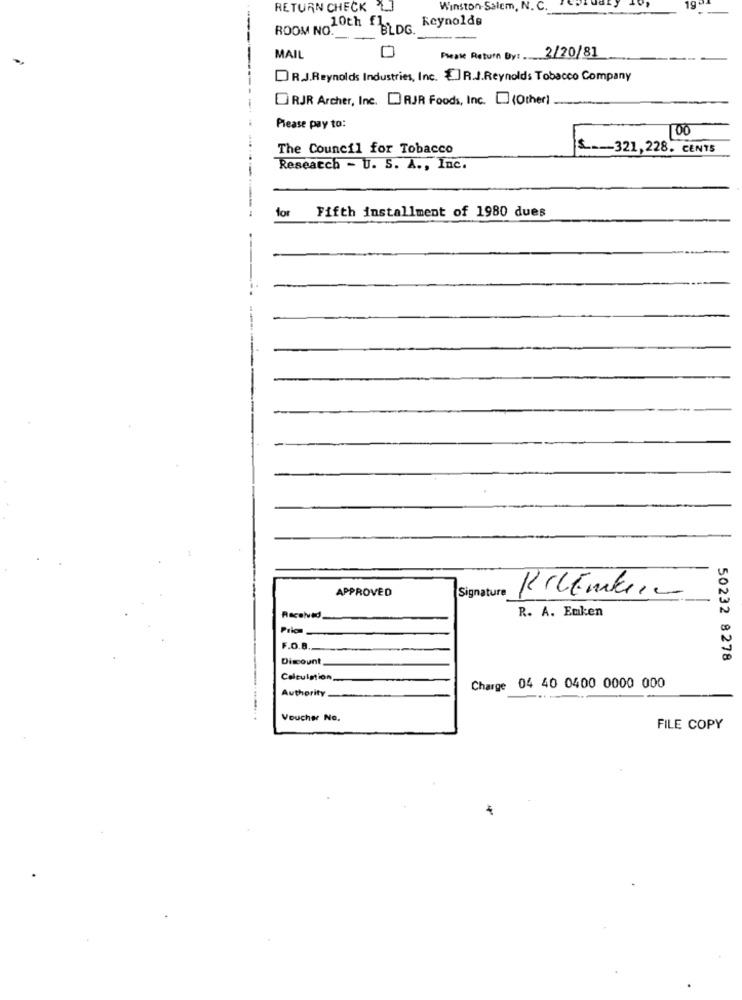
RETURN CHECK
Winston-Salem, N. C.
ROOM NO.
10th -BLDG Reynolds
----
MAIL
Please Return By: 3/20/81
DR.J.Reynolds Industries, Inc. []R.J.Reynolds Tobacco Company
RJR Archer, Inc. RJR Foods, Inc. ] (Other)
Please pay to:
100
The Council for Tobacco
& __-- 321,228. CENTS
Research - U. S. A ., Inc.
for
Fifth installment of 1980 dues
APPROVED
Signature
KilEmkein
R. A. Emken
Racehvid
Prion
F.O.B.
Discount
50232 8278
Calculation,
Authority
Charge 04 40 0400 0000 000
Voucher No.
FILE COPY